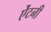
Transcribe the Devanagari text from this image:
ऐंटनी